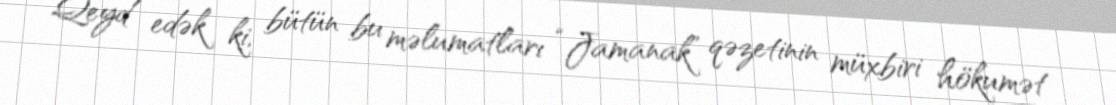
Qeyd edək ki, bütün bu məlumatları “Jamanak” qəzetinin müxbiri hökumət